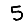
Digit: 5